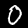
Label: 0